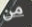
من